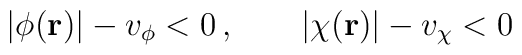
|\phi({\bf r})|-v_\phi<0\,,\qquad |\chi({\bf r})|-v_\chi<0